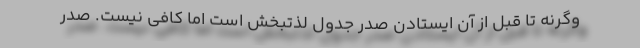
وگرنه تا قبل از آن ایستادن صدر جدول لذتبخش است اما کافی نیست. صدر